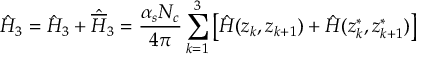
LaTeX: \Hat { \cal H } _ { 3 } = \Hat { H } _ { 3 } + \Hat { \overline { { { H } } } } _ { 3 } = \frac { \alpha _ { s } N _ { c } } { 4 \pi } \sum _ { k = 1 } ^ { 3 } \left[ \Hat { H } ( z _ { k } , z _ { k + 1 } ) + \Hat { H } ( z _ { k } ^ { \ast } , z _ { k + 1 } ^ { \ast } ) \right]